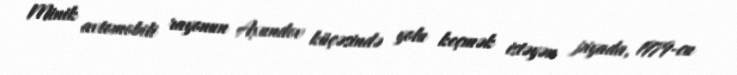
Minik avtomobili rayonun Axundov küçəsində yolu keçmək istəyən piyada, 1979-cu